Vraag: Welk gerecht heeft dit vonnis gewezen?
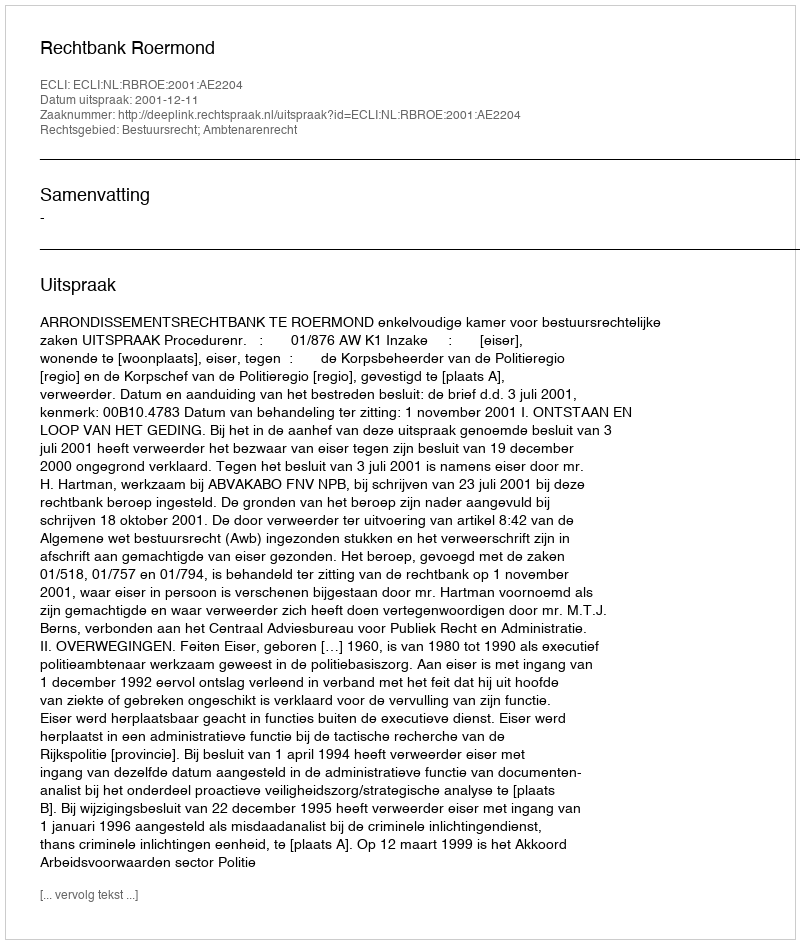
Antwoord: Rechtbank Roermond